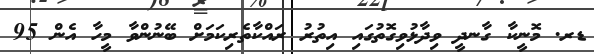
ޑރ. މޮނީކާ ގާނދީ ވިދާޅުވިގޮތުގައި އިތުރު ރައްކާތެރިކަމަށް ބޭނުންވާ މީހާ އެން 95